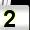
Digit: 2